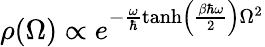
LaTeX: \rho(\Omega)\propto e^{-\frac{\omega}{\hbar}\operatorname{tanh}\left(\frac{\beta\hbar\omega}{2}\right)\Omega^{2}}